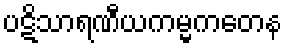
ပဋိသာရဏီယကမ္မကတေန